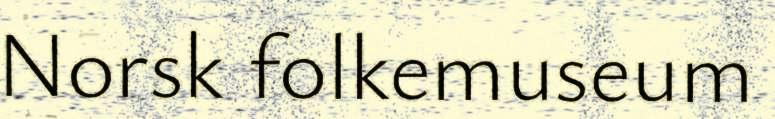
Norsk folkemuseum